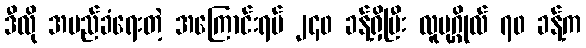
ဒီလို အမည်ခံရေးတဲ့ အကြောင်းရပ် ၂၄၀ ခန့်ရှိပြီး လူပုဂ္ဂိုလ် ၇၀ ခန့်က